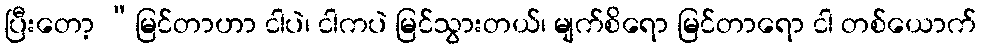
ပြီးတော့ “မြင်တာဟာ ငါပဲ၊ ငါကပဲ မြင်သွားတယ်၊ မျက်စိရော မြင်တာရော ငါ တစ်ယောက်